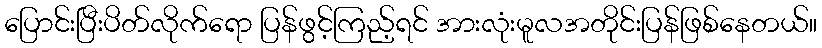
ပြောင်းပြီးပိတ်လိုက်ရော ပြန်ဖွင့်ကြည့်ရင် အားလုံးမူလအတိုင်းပြန်ဖြစ်နေတယ်။